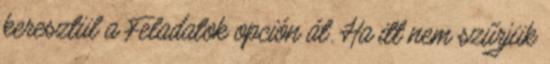
keresztül a Feladatok opción át. Ha itt nem szűrjük